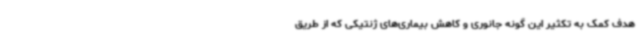
هدف کمک به تکثیر این گونه جانوری و کاهش بیماری‌های ژنتیکی که از طریق